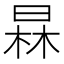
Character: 𣇰